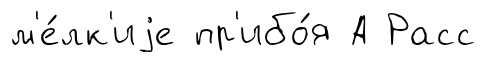
м'е́лк'иjе пр'ибо́я А Расс